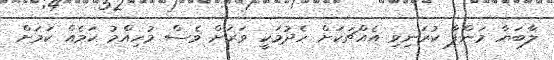
ލާބަޔާ މަންފާ ކުރަނިވި އެއްޗަކަށް ހެދުމަކީ ވަރަށް ވެސް މުހިއްމު ކަމެއް ކަމަށް